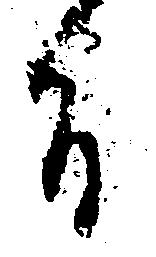
旨